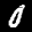
Label: 0